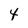
Character: 4